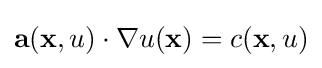
\mathbf {a} (\mathbf {x} ,u)\cdot \nabla u(\mathbf {x} )=c(\mathbf {x} ,u)